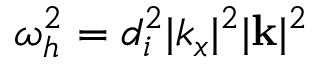
\omega _ { h } ^ { 2 } = d _ { i } ^ { 2 } | k _ { x } | ^ { 2 } | { \bf k } | ^ { 2 }